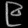
Digit: ၉